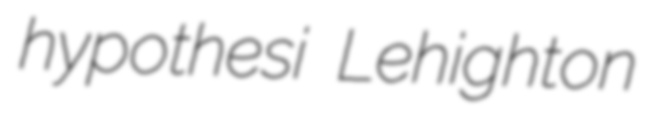
hypothesi Lehighton